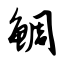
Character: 鲷